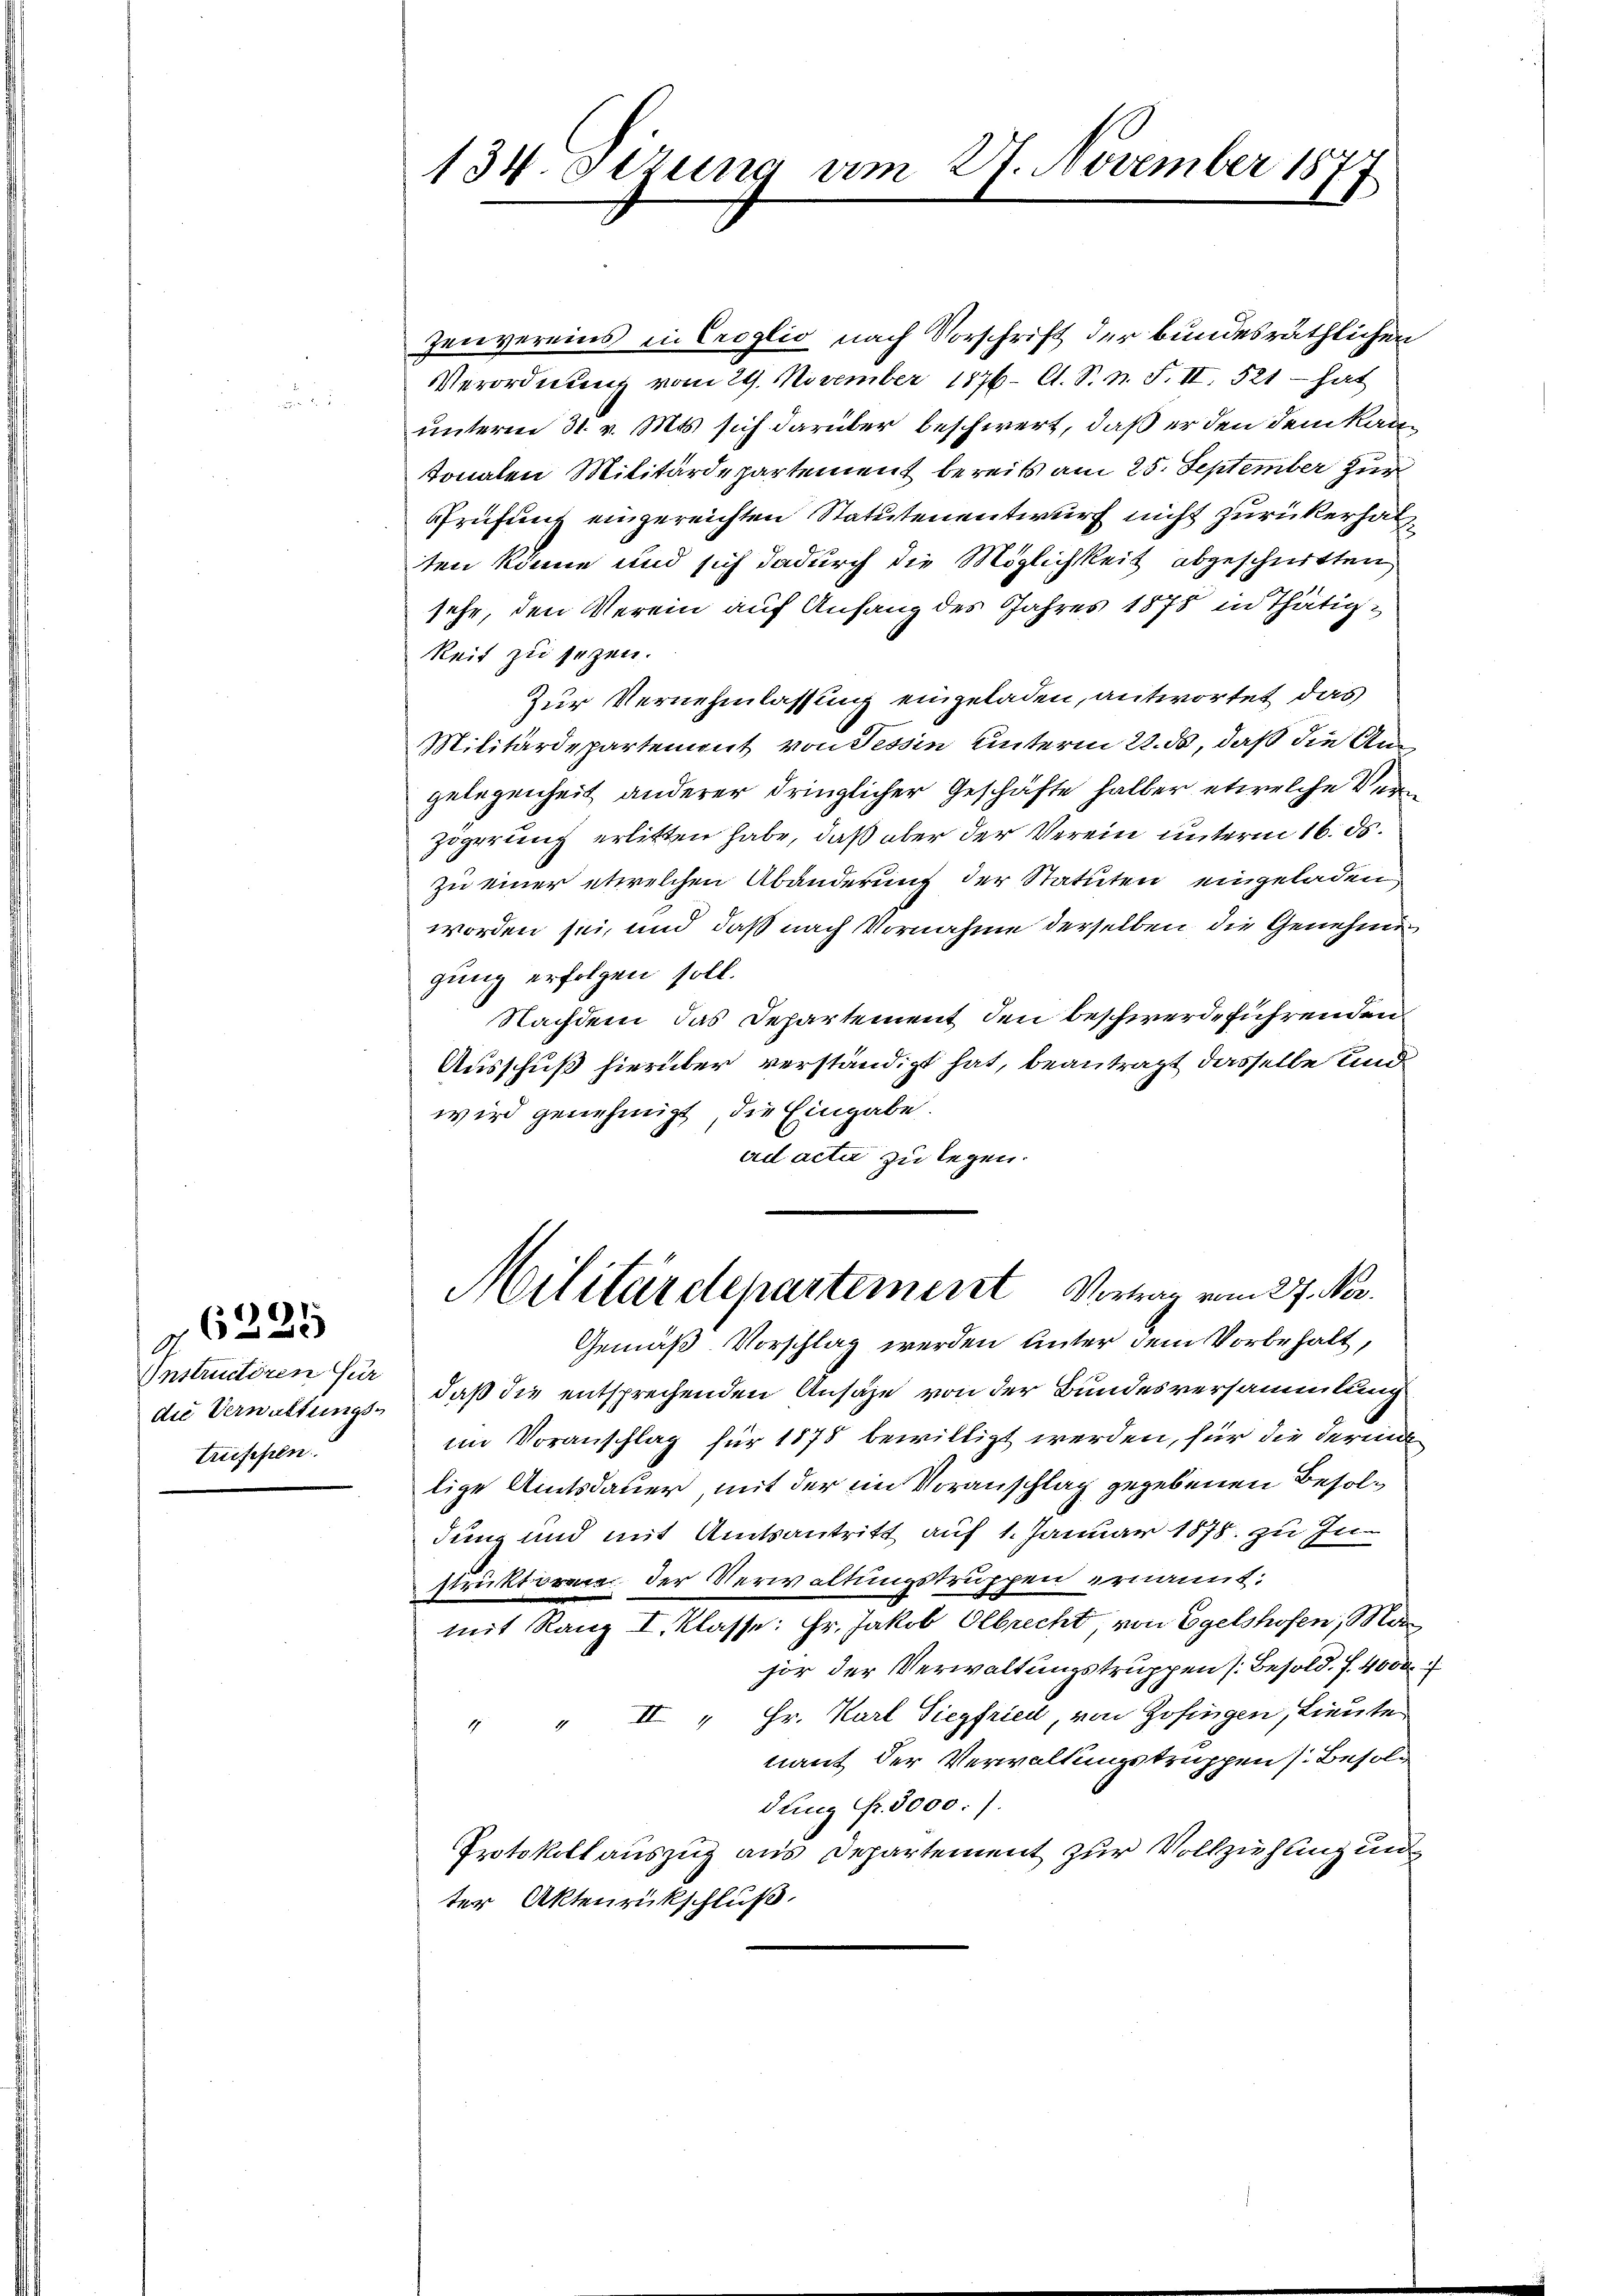
.
Instructiren für
treifeseln.

61.
(

134. Sezung am 27. November 1877

Zenvereins in Croglio nach Vorschrift der bundesräthlichen
Verordnung vom 29. November 1876. A. S. n. F. II. 521 - hat
unteren 31. v. Mts. sich darüber beschwert, daß er den dem Kantonalen Militärdepartement bereits am 25. September zur
Prüfung eingereichten Statutenentwurf nicht zurückerhalten könne und sich dadurch die Möglichkeit abgeschritten
sehe, den Verein auf Anfang des Jahres 1878 in Thätigkeit zu sezen.
Zur Vernehmlassung eingeladen, antwortet das
Militärdepartement von Tessin unterm 22. ds, daß die Angelegenheit anderer dringlicher Geschäfte halber etwelche Verzögerung erlitten habe, daß aber der Verein unterm 16. ds.
zu einer etwelchen Abänderung der Statuten eingeladen
worden sei, und daß nach Vornahme derselben die Genehme
gung erfolgen soll.
Nachdem das Departement den beschwerdeführenden
Ausschuß hierüber verständigt hat, beantragt dasselbe und
wird genehmigt, die Eingabe.
ad acter zu legen.
Militärdepartement Vortrag vom 27. Nov.
Gemäß Vorschlag werden Unter dem Vorbehalt,
die Verwaltungs- daß die entsprechenden Ansähe von der Bundesversammlung
im Voranschlag für 1875 bewilligt werden, für die derin
lige Amtsdauer, mit der im Voranschlag gegebenen Besoldung und mit Amtsantritt auf 1. Januar 1878. zu In
struktor der Verwaltungstruppen ernannt:
mit Ranz I. Klasse: Hr. Jakob Olbrecht, von Egelshofen, Mar
jor der Verwaltungstruppen (Besold. 7. 4000
" II " Hr. Karl Siegfried, von Zofingen, Lieute
nant der Verwaltungstruppen s. Besold
dung Fr. 5000. /.
Protokoll auszug aus Departement zur Vollziehung und
ter Aktenrückschluß